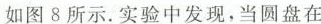
如图8所示。实验中发现，当圆盘在